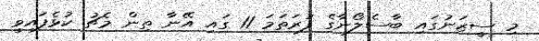
މި ސީޒަނުގައި ބާސެލޯނާގެ ފުރަތަމަ 11 ގައި އޭނާ ތިން މެޗު ކުޅެފައިވީ